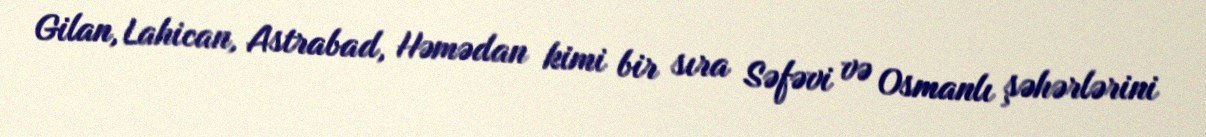
Gilan, Lahican, Astrabad, Həmədan kimi bir sıra Səfəvi və Osmanlı şəhərlərini